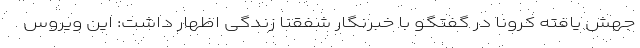
جهش یافته کرونا در گفتگو با خبرنگار شفقنا زندگی اظهار داشت: این ویروس